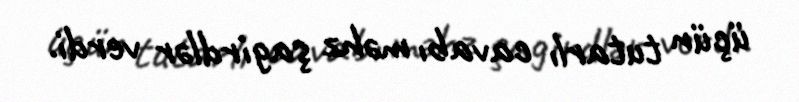
üçün tutarlı cavabı məhz şagirdlər verdi.